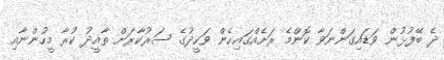
ދެ ބޭފުޅުން ވަޑައިގަންނަވާ ކޮންމެ ރަށެއްގައިހެން ވަހީދުގެ ސަރުކާރަށް ތާއީދު ކުރާ މީހުންނާއި